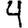
Digit: 4